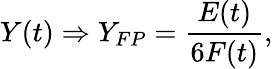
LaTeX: Y(t)\Rightarrow Y_{FP}=\frac{E(t)}{6F(t)},